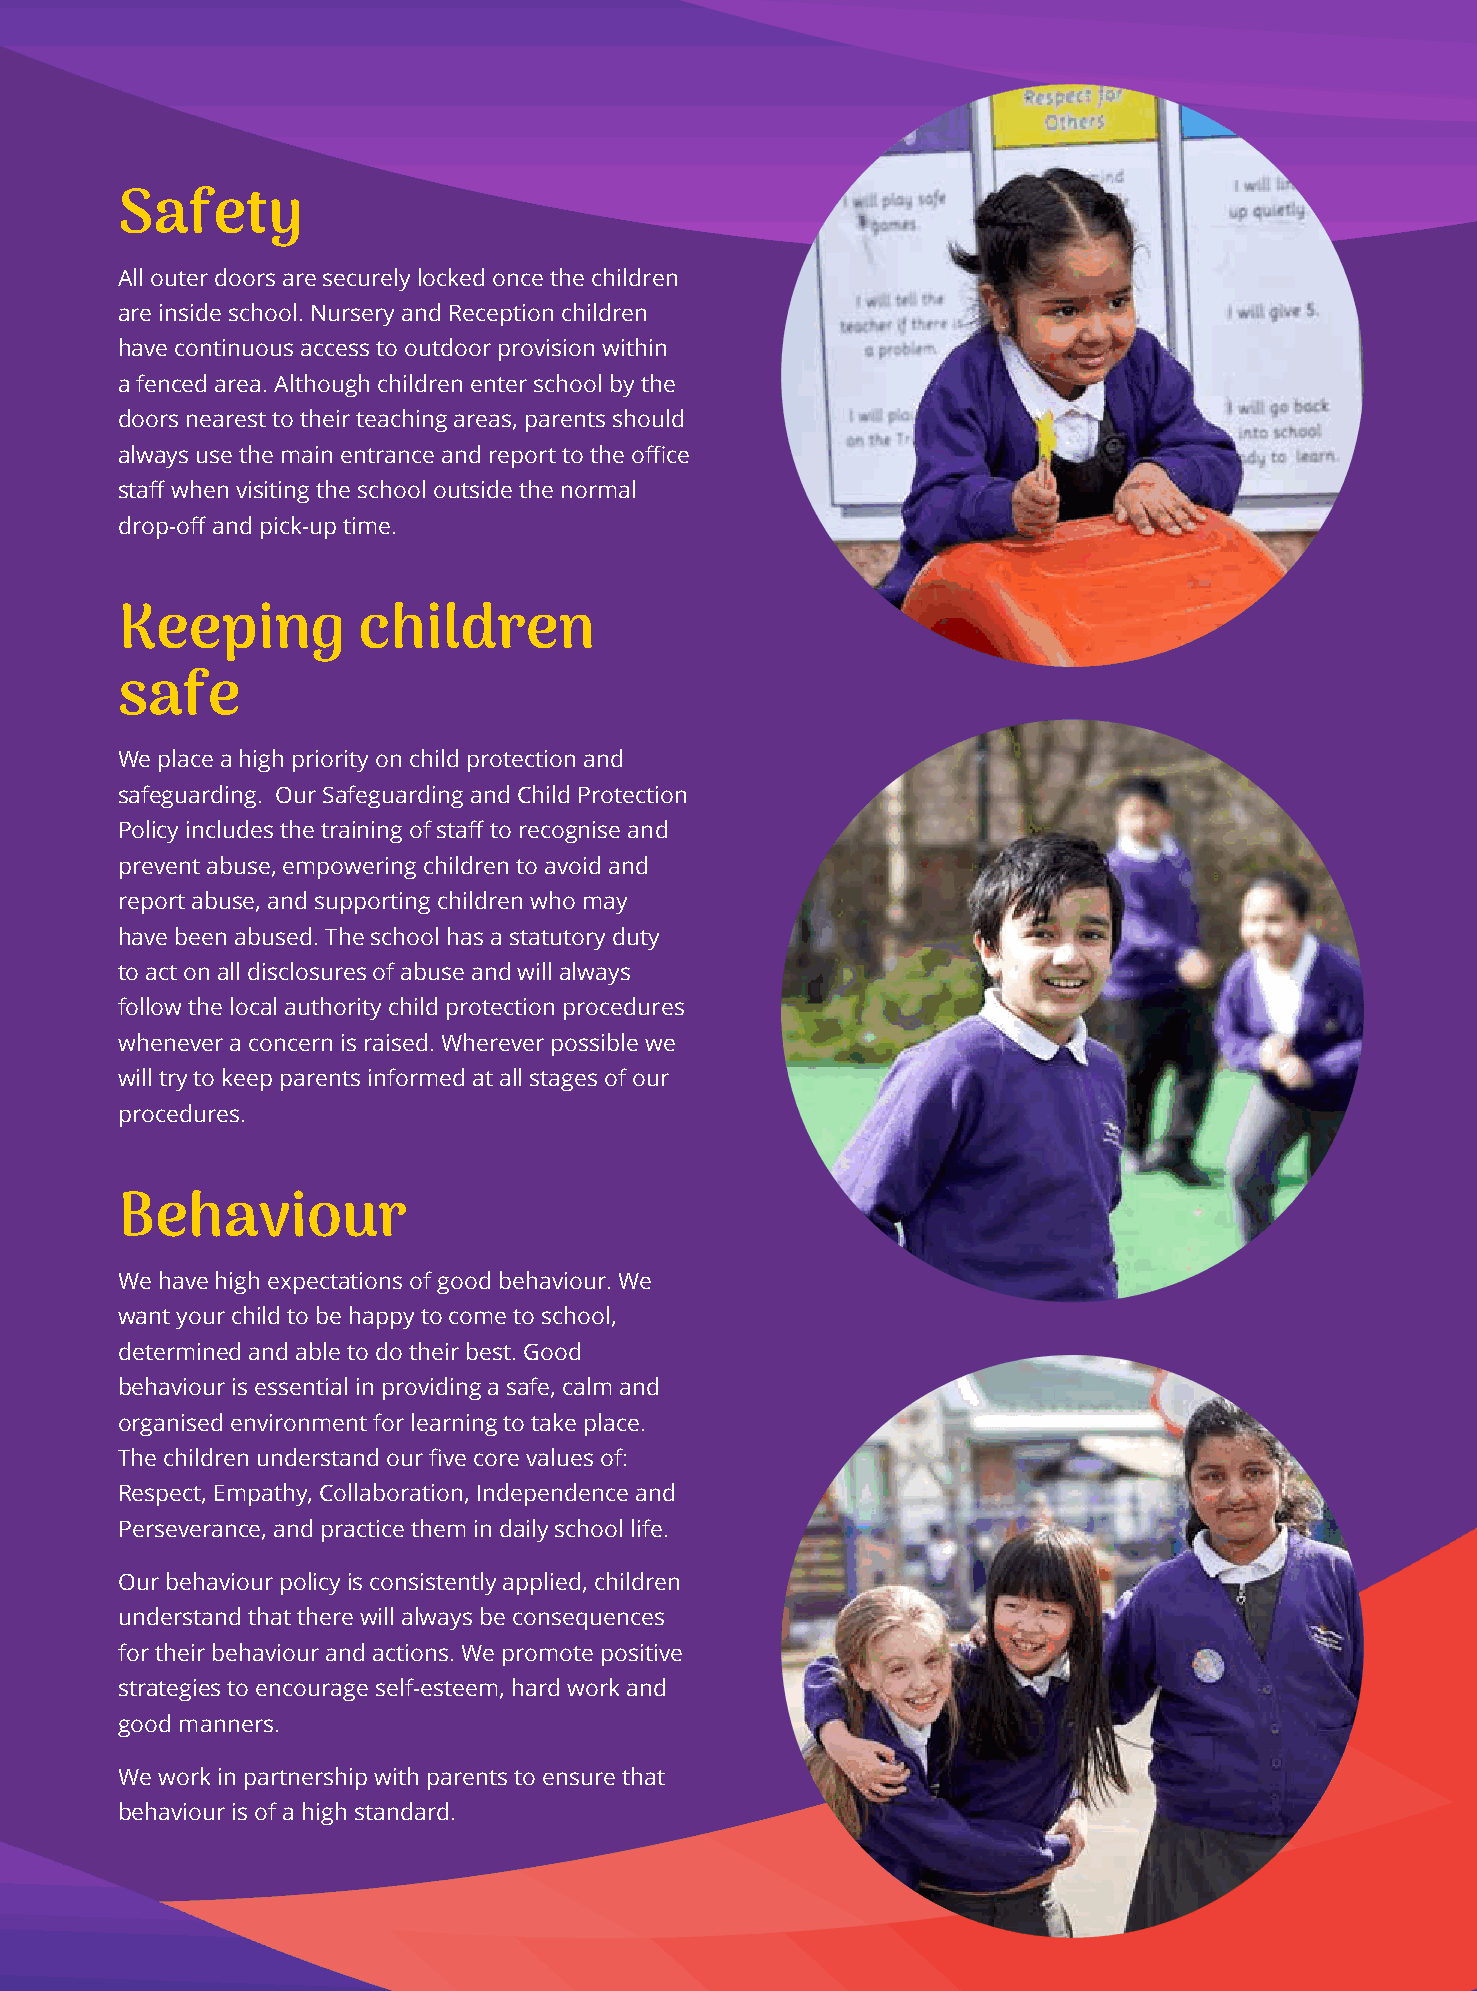
Safety
 All outer doors are securely locked once the children
 are inside school. Nursery and Reception children
 have continuous access to outdoor provision within
 a fenced area. Although children enter school by the
 doors nearest to their teaching areas, parents should
 always use the main entrance and report to the office
 staff when visiting the school outside the normal
 drop-off and pick-up time.
 Keeping         children
 safe
 We place a high priority on child protection and
 safeguarding. Our Safeguarding and Child Protection
 Policy includes the training of staff to recognise and
 prevent abuse, empowering children to avoid and
 report abuse, and supporting children who may
 have been abused. The school has a statutory duty
 to act on all disclosures of abuse and will always
 follow the local authority child protection procedures
 whenever a concern is raised. Wherever possible we
 will try to keep parents informed at all stages of our
 procedures.
 Behaviour
 We have high expectations of good behaviour. We
 want your child to be happy to come to school,
 determined and able to do their best. Good
 behaviour is essential in providing a safe, calm and
 organised environment for learning to take place.
 The children understand our five core values of:
 Respect, Empathy, Collaboration, Independence and
 Perseverance, and practice them in daily school life.
 Our behaviour policy is consistently applied, children
 understand that there will always be consequences
 for their behaviour and actions. We promote positive
 strategies to encourage self-esteem, hard work and
 good manners.
 We work in partnership with parents to ensure that
 behaviour is of a high standard.         8